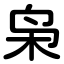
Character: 枭